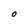
Character: O